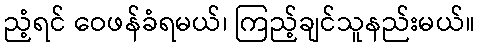
ညံ့ရင် ဝေဖန်ခံရမယ်၊ ကြည့်ချင်သူနည်းမယ်။